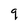
Character: 9